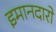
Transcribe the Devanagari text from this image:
इमानदारो